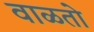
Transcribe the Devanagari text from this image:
वाळतो